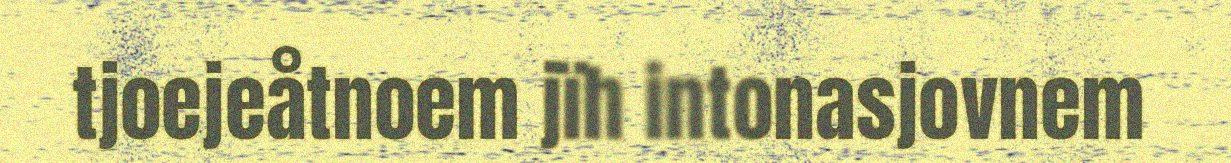
tjoejeåtnoem jïh intonasjovnem